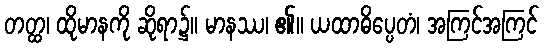
တတ္ထ၊ ထိုမာနကို ဆိုရာ၌။ မာနဿ၊ ၏။ ယထာဓိပ္ပေတံ၊ အကြင်အကြင်